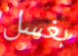
بغسل